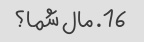
16. مال شما؟